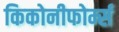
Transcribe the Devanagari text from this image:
किकोनीफोर्म्स